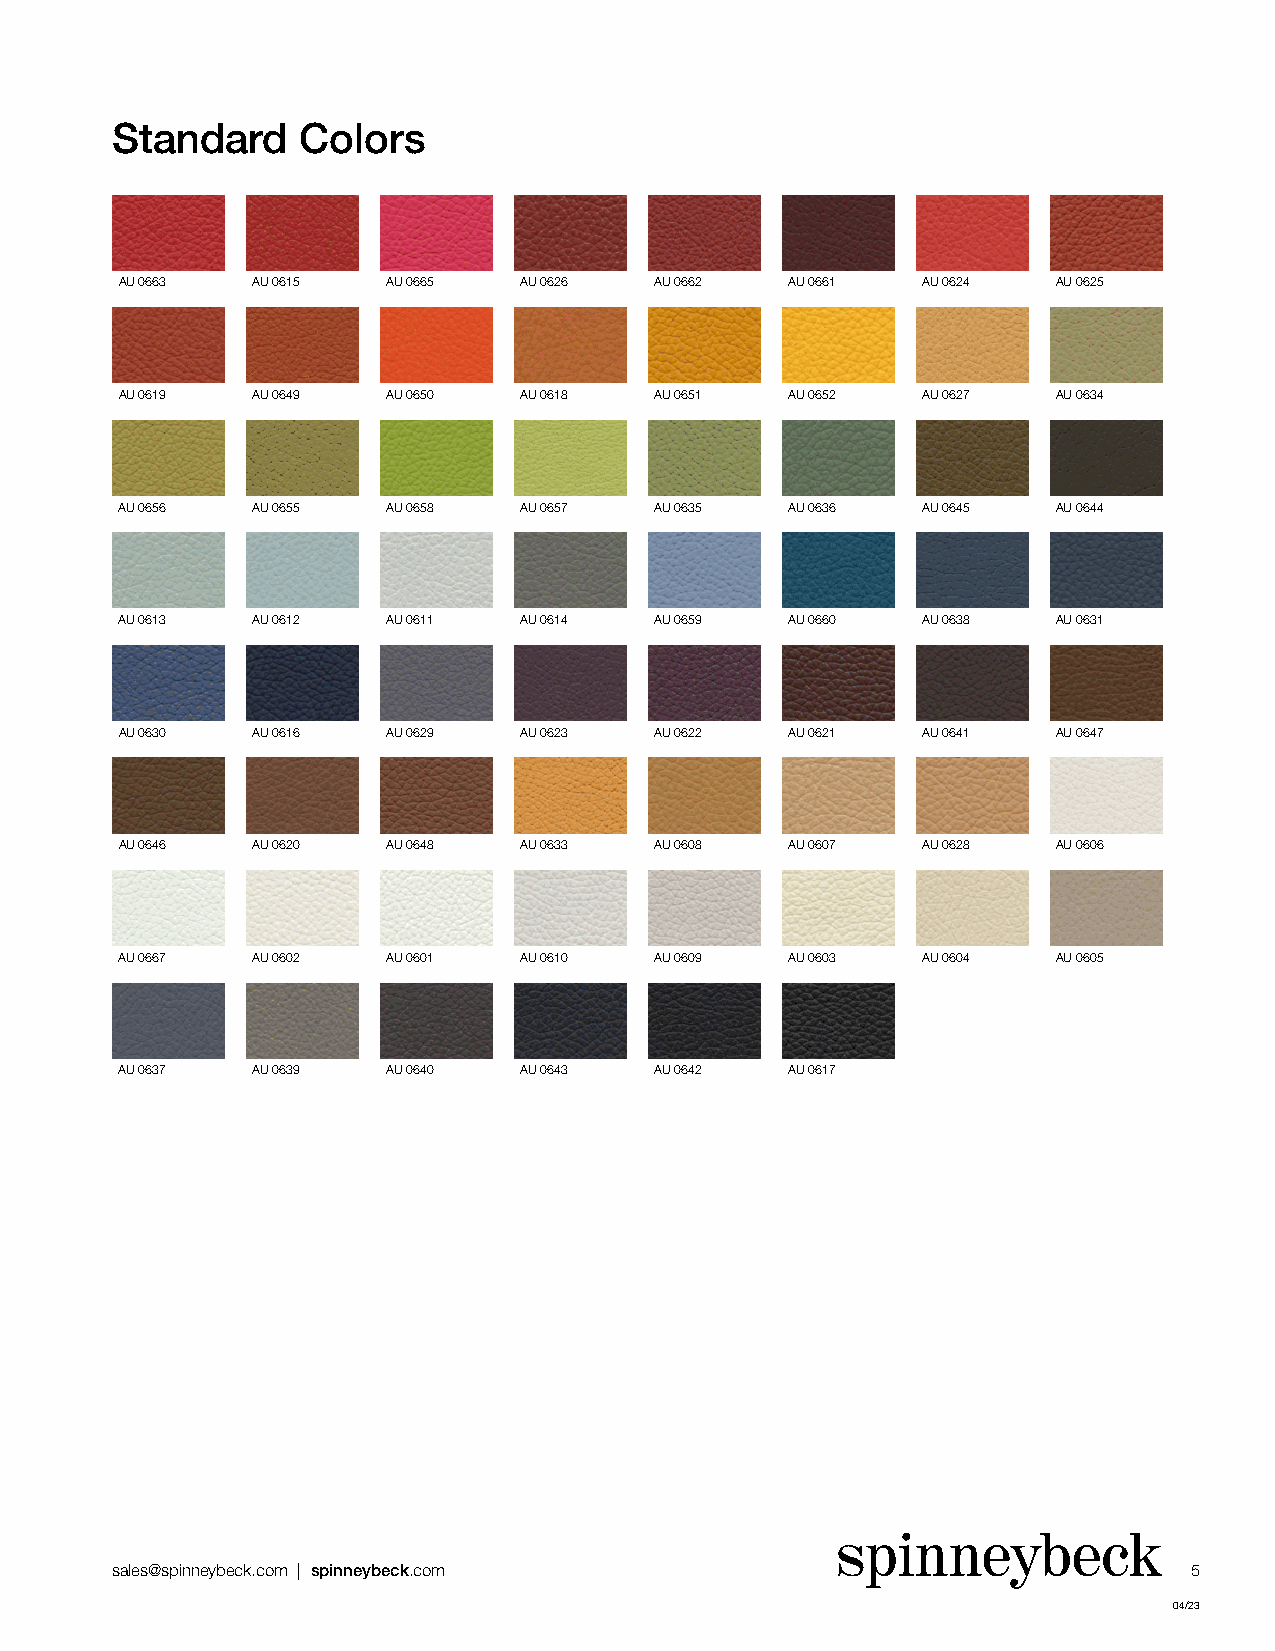
Standard     Colors
 AU 0663  AU 0615  AU 0665 AU 0626  AU 0662  AU 0661  AU 0624  AU 0625
 AU 0619  AU 0649  AU 0650 AU 0618  AU 0651  AU 0652  AU 0627  AU 0634
 AU 0656  AU 0655  AU 0658 AU 0657  AU 0635  AU 0636  AU 0645  AU 0644
 AU 0613  AU 0612  AU 0611 AU 0614  AU 0659  AU 0660  AU 0638  AU 0631
 AU 0630  AU 0616  AU 0629 AU 0623  AU 0622  AU 0621  AU 0641  AU 0647
 AU 0646  AU 0620  AU 0648 AU 0633  AU 0608  AU 0607  AU 0628  AU 0606
 AU 0667  AU 0602  AU 0601 AU 0610  AU 0609  AU 0603  AU 0604  AU 0605
 AU 0637  AU 0639  AU 0640 AU 0643  AU 0642  AU 0617
 sales@spinneybeck.com | spinneybeck.com                                 5
 04/23